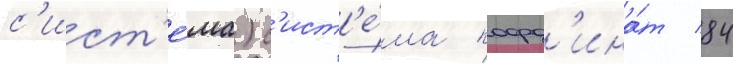
с'ист'е́ма) с'ист'е́ма коорд'ина́т 84